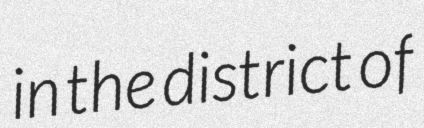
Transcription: in the district of